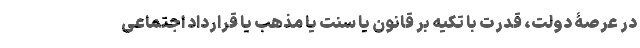
در عرصۀ دولت، قدرت با تکیه بر قانون یا سنت یا مذهب یا قرارداد اجتماعی